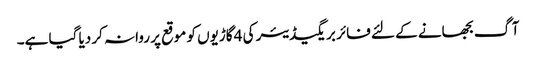
آگ بجھانے کے لئے فائر بریگیڈیئر کی 4 گاڑیوں کو موقع پر روانہ کر دیا گیا ہے۔